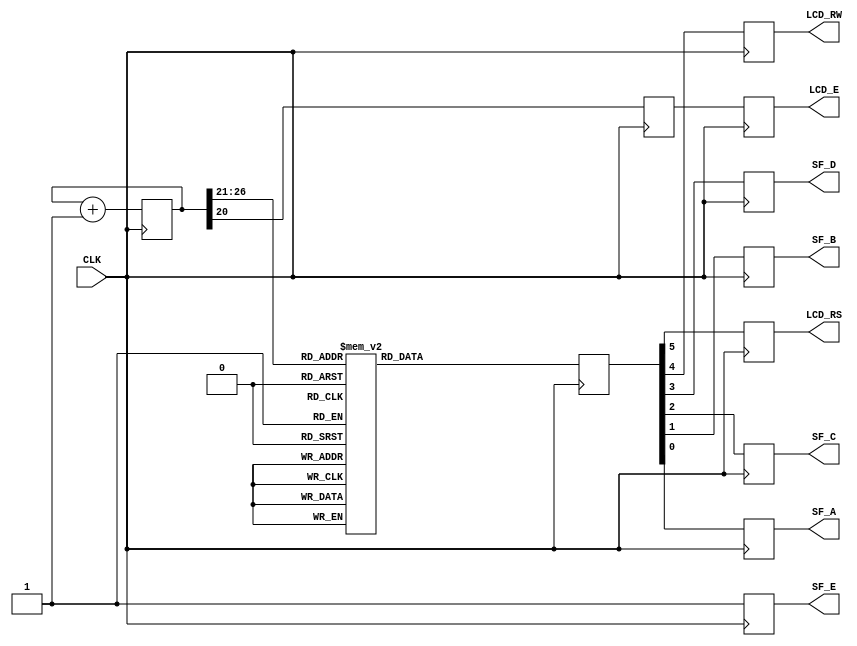
`timescale 1ns / 1ps
//////////////////////////////////////////////////////////////////////////////////
// Company: EIME
//	Correo:	 izanami49@gmail.com
// 
// Design Name: 
// Module Name:    lcd 
// Project Name: 
// Target Devices: 
// Tool versions: 
// Description: 
//
// Dependencies: 
//
// Revision: 
// Revision 0.01 - File Created
// Additional Comments: 
//
//////////////////////////////////////////////////////////////////////////////////
module lcd(CLK,SF_E,LCD_E,LCD_RS,LCD_RW,SF_D,SF_C,SF_B,SF_A);
input CLK;				//C9
output reg SF_E;		//D16
output reg LCD_E;		//M18
output reg LCD_RS;	//L18
output reg LCD_RW;	//L17
output reg SF_D;		//M15
output reg SF_C;		//P17
output reg SF_B;		//R16
output reg SF_A;		//R15

reg [26:0] count=0;
reg [5:0] codigo;
reg valorparae;
always @(posedge CLK) begin
count <= count + 1;
case (count [26:21])
0: codigo <= 6'h03;
1: codigo <= 6'h03;
2: codigo <= 6'h03;
3: codigo <= 6'h02;
4: codigo <= 6'h02;
5: codigo <= 6'h08;
6: codigo <= 6'h00;
7: codigo <= 6'h06;
8: codigo <= 6'h00;
9: codigo <= 6'h0C;
10: codigo <= 6'h00;
11: codigo <= 6'h01;
12: codigo <= 6'b100100; //E
13: codigo <= 6'b100101;
14: codigo <= 6'b100110; //1
15: codigo <= 6'b100100;
16: codigo <= 6'b100010; // (espacio)
17: codigo <= 6'b100000;
18: codigo <= 6'b100110; // m
19: codigo <= 6'b100101;
20: codigo <= 6'b100111; // u
21: codigo <= 6'b100101;
22: codigo <= 6'b100110; // n
23: codigo <= 6'b100101;
24: codigo <= 6'b100100; // d
25: codigo <= 6'b100101;
26: codigo <= 6'b100110; // o
27: codigo <= 6'b101111;
28: codigo <= 6'b100010; // (espacio)
29: codigo <= 6'b100000;
30: codigo <= 6'b100110; //d
31: codigo <= 6'b100100;
32: codigo <= 6'b100110; //e
33: codigo <= 6'b100101;
34: codigo <= 6'b001100; //para correrlo
35: codigo <= 6'b000000;
36: codigo <= 6'b100110; //l
37: codigo <= 6'b101100;
38: codigo <= 6'b100110; //a
39: codigo <= 6'b100001;
40: codigo <= 6'b100111; //s
41: codigo <= 6'b100011;
42: codigo <= 6'b100010; //(espacio)
43: codigo <= 6'b100000;
44: codigo <= 6'b100100; //F
45: codigo <= 6'b100110;
46: codigo <= 6'b100101; //P
47: codigo <= 6'b100000;
48: codigo <= 6'b100100; //G
49: codigo <= 6'b100111;
50: codigo <= 6'b100100; //A
51: codigo <= 6'b100001;
52: codigo <= 6'b100100; //(espacio)
53: codigo <= 6'b100000;
54: codigo <= 6'b100011; //;
55: codigo <= 6'b101010;
56: codigo <= 6'b100010; //)
57: codigo <= 6'b101001;
default: codigo <= 6'h10;
endcase
valorparae <= count[20];
SF_E <=1;
{LCD_E, LCD_RS, LCD_RW, SF_D, SF_C, SF_B, SF_A} <= {valorparae, codigo};
end
endmodule